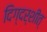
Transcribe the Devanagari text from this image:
दिग्दर्शीत्